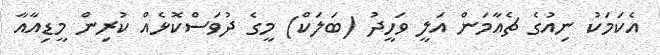
އެކަމަކު ނިއުގެ ޗެއާމަން އަލީ ވަހީދު (ބަލަކް) މީގެ ދުވަސްކޮޅެއް ކުރިން މީޑިއާއާ